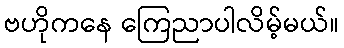
ဗဟိုကနေ ကြေညာပါလိမ့်မယ်။